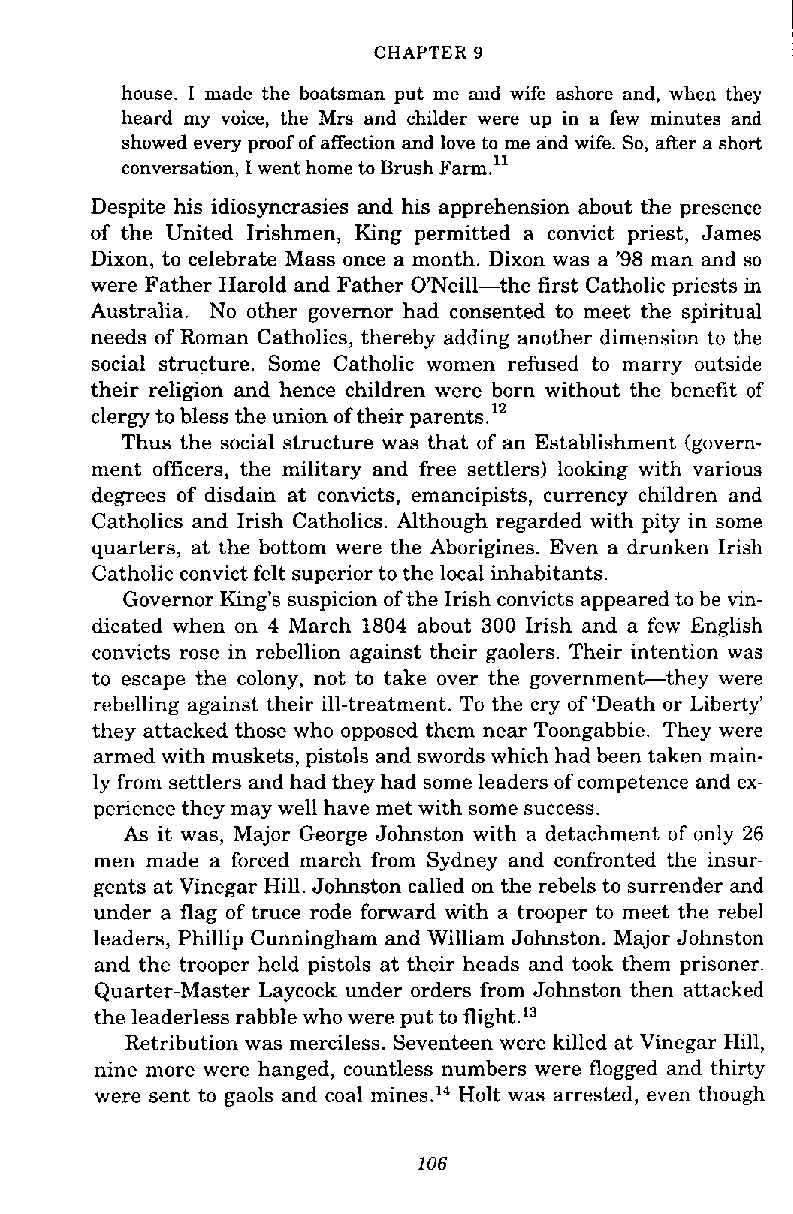
CHAPTER 9
 house. I made the boatsman put me and wife ashore and, when they
 heard my voice, the Mrs and childer were up in a few minutes and
 showed every proof of affection and love to me and wife. So, aRer a short
 conversation, I went home to Brush e arm."
 Despite his idiosyncrasies and his apprehension about the presence
 of the United Irishmen, King permitted a convict priest, James
 Dixon, to celebrate Mass once a month. Dixon was a '98 man and so
 were Father Harold and Father O'Neill-the first Catholic priests in
 Australia. No other governor had consented to meet the spiritual
 needs of Roman Catholics, thereby adding another dimension to the
 social structure. Some Catholic women refused to marry outside
 their religion and hence children were born without the benefit of
 clergy to bless the union of their parents.12
 Thus the social structure was that of an Establishment (govern-
 ment officers, the military and free settlers) looking with various
 degrees of disdain at convicts, emancipists, currency children and
 Catholics and Irish Catholics. Although regarded with pity in some
 quarters, at the bottom were the Aborigines. Even a drunken Irish
 Catholic convict felt superior to the local inhabitants.
 Governor King's suspicion of the Irish convicts appeared to be vin-
 dicated when on 4 March 1804 about 300 Irish and a few English
 convicts rose in rebellion against their gaolers. Their intention was
 to escape the colony, not to take over the government-they were
 rebelling against their ill-treatment. To the cry of 'Death or Liberty'
 they attacked those who opposed them near Toongabbie. They were
 armed with muskets, pistols and swords which had been taken main-
 ly from settlers and had they had some leaders of competence and ex-
 perience they may well have met with some success.
 As it was, Major George Johnston with a detachment of only 26
 men made a forced march from Sydney and confronted the insur-
 gents at Vinegar Hill. Johnston called on the rebels to surrender and
 under a flag of truce rode forward with a trooper to meet the rebel
 leaders, Phillip Cunningham and William Johnston. Major Johnston
 and the trooper held pistols at their heads and took them prisoner.
 Quarter-Master Laycock under orders from Johnston then attacked
 the leaderless rabble who were put to flight.13
 Retribution was merciless. Seventeen were killed at Vinegar Hill,
 nine more were hanged, countless numbers were flogged and thirty
 were sent to gaols and coal mines.14 Holt was arrested, even though